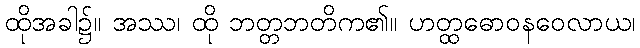
ထိုအခါ၌။ အဿ၊ ထို ဘတ္တဘတိက၏။ ဟတ္ထဓောဝနဝေလာယ၊